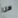
هنا